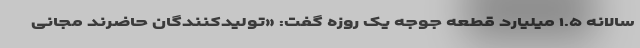
سالانه ۱.۵ میلیارد قطعه جوجه یک روزه گفت: «تولیدکنندگان حاضرند مجانی